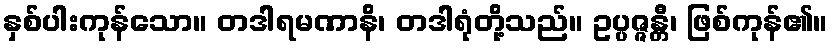
နှစ်ပါးကုန်သော။ တဒါရမဏာနိ၊ တဒါရုံတို့သည်။ ဥပ္ပဇ္ဇန္တီ၊ ဖြစ်ကုန်၏။